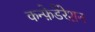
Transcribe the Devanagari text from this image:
कन्फ़ेडेरेशन